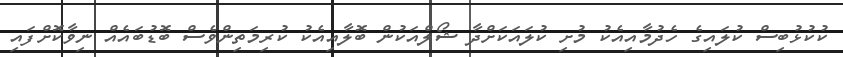
ކުކުޅުބިސް ކުލައިގެ ހެދުމާއިއެކު މުށި ކުލައަކަށްދާ ޝޯލްއަކުން ބޮލާއިއެކު ކުރިމަތިންވެސް ބޮޑުބައެއް ނިވާކޮށްފައި